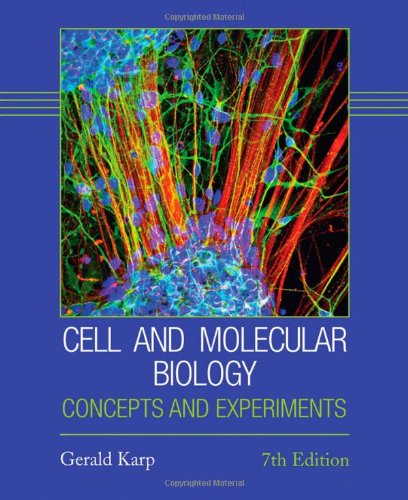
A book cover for Cell and Molecular Biology: Concepts and Experiments; Gerald Karp; Medical Books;